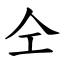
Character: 仝